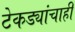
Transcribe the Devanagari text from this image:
टेकड्यांचाही